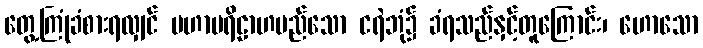
တွေ့ကြုံခံစားရလျှင် မဟာပရိဠာဟမည်သော ငရဲဘုံ၌ ခံရသည်နှင့်တူကြောင်း၊ ဟောသော